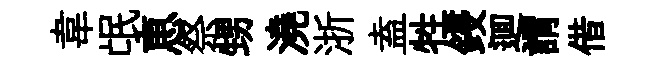
韋氓恵祭甥澆浙盍牲鋟逥謂借